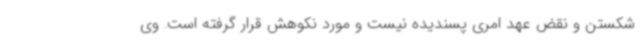
شکستن و نقض عهد امری پسندیده نیست و مورد نکوهش قرار گرفته است. وی